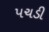
પચડી